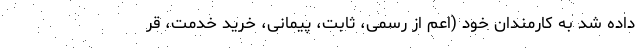
داده شد به کارمندان خود (اعم از رسمی، ثابت، پیمانی، خرید خدمت، قر